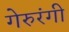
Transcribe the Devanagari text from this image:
गेरुरंगी